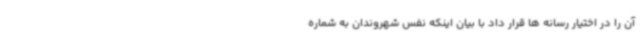
آن را در اختیار رسانه ها قرار داد با بیان اینکه نفس شهروندان به شماره